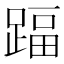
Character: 踾